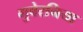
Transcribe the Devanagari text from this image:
गुबेरनिया